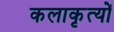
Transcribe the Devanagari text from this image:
कलाकृत्यों